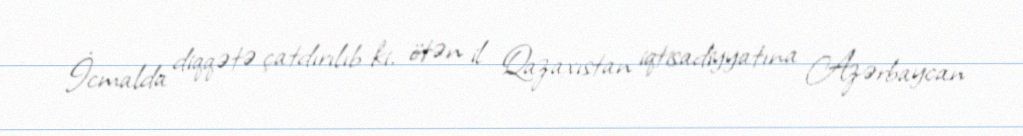
İcmalda diqqətə çatdırılıb ki, ötən il Qazaxıstan iqtisadiyyatına Azərbaycan